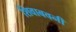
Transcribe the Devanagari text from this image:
शिवाबवनी